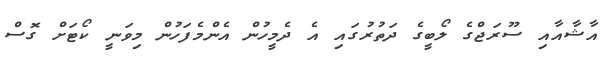
އާޝާއާއި ސޫރަޖްގެ ލޯބީގެ ދަތުރުގައި އެ ދެމީހުން އެންމެފަހުން މިވަނީ ކޯޓަށް ގޮސް